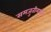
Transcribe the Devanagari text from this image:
समजुतीमध्ये